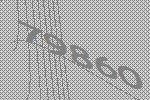
79860